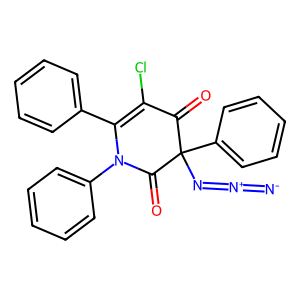
SMILES: [N-]=[N+]=NC1(c2ccccc2)C(=O)C(Cl)=C(c2ccccc2)N(c2ccccc2)C1=O
Inhibits HIV replication: No